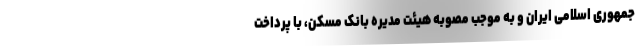
جمهوری اسلامی ایران و به موجب مصوبه هیئت مدیره بانک مسکن، با پرداخت